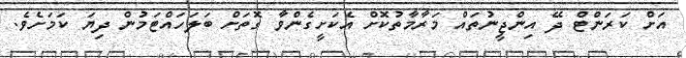
އަށް ކަރަންޓް ދޭ އިންޖީނުތައް މަރާމާތުކޮށް އެކަށީގެންވާ ގޮތަށް ބަލަހައްޓަމުން ދިޔަ ކަމަށެވެ.